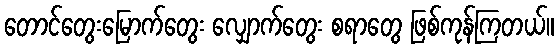
တောင်တွေးမြောက်တွေး လျှောက်တွေး စရာတွေ ဖြစ်ကုန်ကြတယ်။